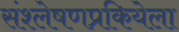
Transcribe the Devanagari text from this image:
संश्लेषणप्रकियेला